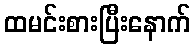
ထမင်းစားပြီးနောက်